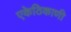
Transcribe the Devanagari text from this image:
एकेठिकाणी